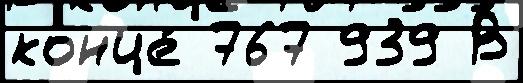
конце́ 767 939 В